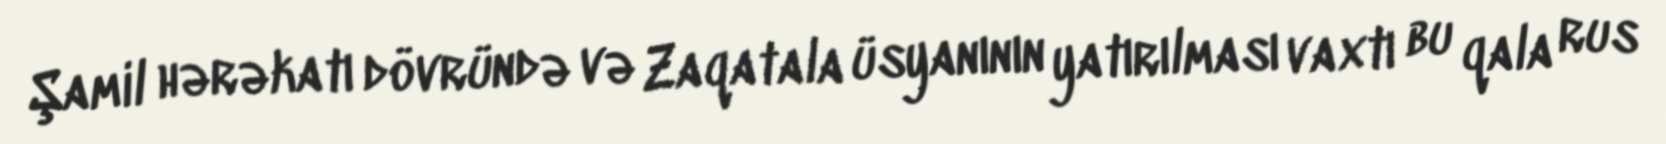
Şamil hərəkatı dövründə və Zaqatala üsyanının yatırılması vaxtı bu qala rus